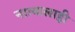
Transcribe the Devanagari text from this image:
नात्यालाही